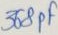
Text: 368pF